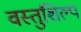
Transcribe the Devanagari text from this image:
वस्तुशिल्प